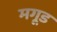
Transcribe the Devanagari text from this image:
मगूड